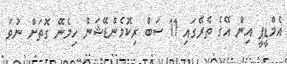
އެމްޑީޕީ އިން އޭގެ ތެރޭގައި 11 ސަބް ރިކޮމެންޑޭޝަން ހިމެނޭ ގޮތަށް ނުވަ